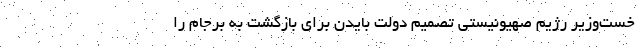
خست‌وزیر رژیم صهیونیستی تصمیم دولت بایدن برای بازگشت به برجام را